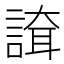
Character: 𧪇